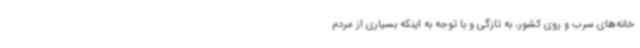
خانه‌های سرب و روی کشور، به تازگی و با توجه به اینکه بسیاری از مردم